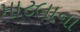
માટલાના